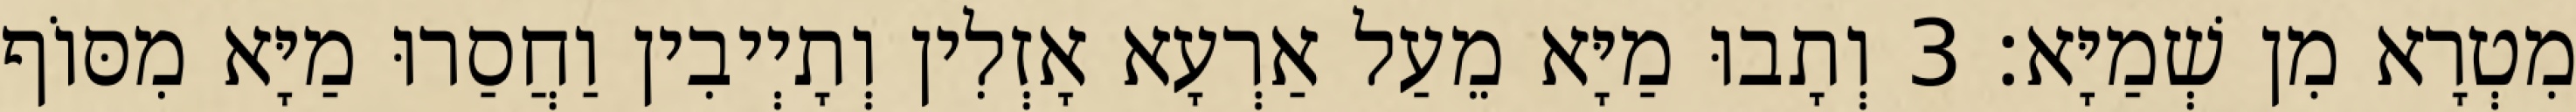
מִטְרָא מִן שְׁמַיָּא׃ 3 וְתָבוּ מַיָּא מֵעַל אַרְעָא אָזְלִין וְתָיְיבִין וַחֲסַרוּ מַיָּא מִסּוֹף